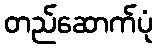
တည်ဆောက်ပုံ